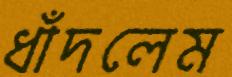
ধাঁদলেম